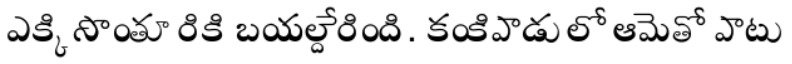
ఎక్కి సొంతూరికి బయల్దేరింది. కంకిపాడులో ఆమెతో పాటు